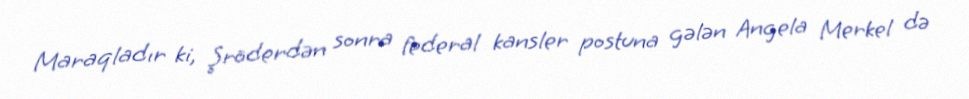
Maraqladır ki, Şröderdən sonra federal kansler postuna gələn Angela Merkel də